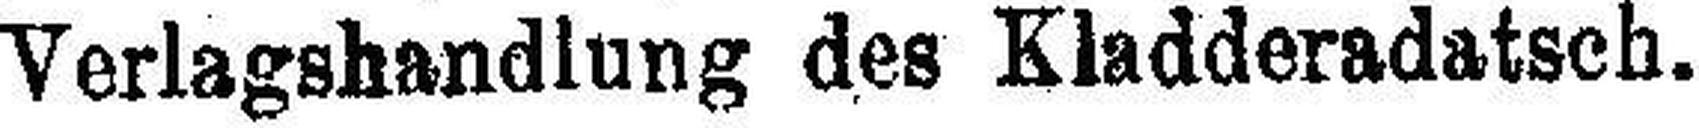
Verlagshandlung des Kladderadatsch.